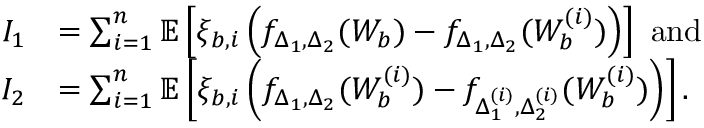
\begin{array} { r l } { I _ { 1 } } & { = \sum _ { i = 1 } ^ { n } \mathbb { E } \left[ \xi _ { b , i } \left( f _ { \Delta _ { 1 } , \Delta _ { 2 } } ( W _ { b } ) - f _ { \Delta _ { 1 } , \Delta _ { 2 } } ( W _ { b } ^ { ( i ) } ) \right) \right] \mathrm { ~ a n d ~ } } \\ { I _ { 2 } } & { = \sum _ { i = 1 } ^ { n } \mathbb { E } \left[ \xi _ { b , i } \left( f _ { \Delta _ { 1 } , \Delta _ { 2 } } ( W _ { b } ^ { ( i ) } ) - f _ { \Delta _ { 1 } ^ { ( i ) } , \Delta _ { 2 } ^ { ( i ) } } ( W _ { b } ^ { ( i ) } ) \right) \right] . } \end{array}